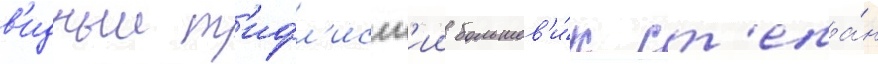
в'идныи т'ифл'исск'ии большев'и́к ст'епа́н